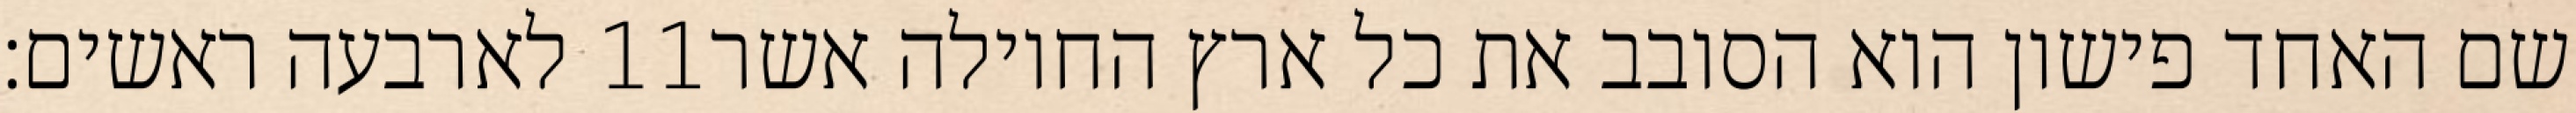
לארבעה ראשים׃ ‎11‏ שם האחד פישון הוא הסובב את כל ארץ החוילה אשר